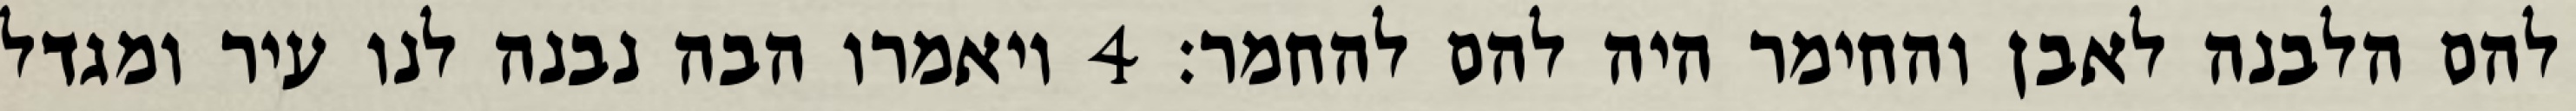
להם הלבנה לאבן והחימר היה להם להחמר׃ ‎4‏ ויאמרו הבה נבנה לנו עיר ומגדל